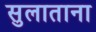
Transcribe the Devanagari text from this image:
सुलाताना